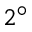
2 ^ { \circ }